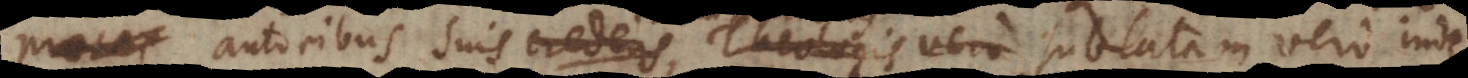
phis autoribus suis credens, Theologis vero sublatam vero inde